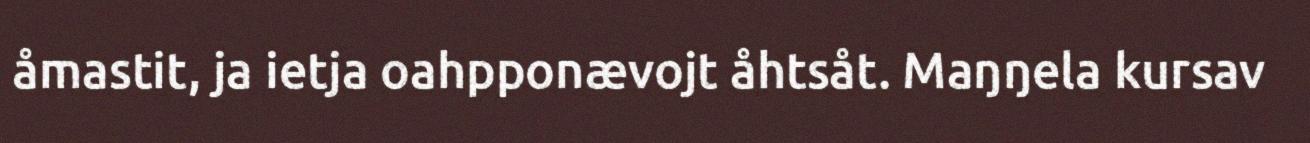
åmastit, ja ietja oahpponævojt åhtsåt. Maŋŋela kursav